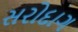
સરોદાગ